Leaving Certificate Examination (including Day School Certificate (Higher) General paper), 1933
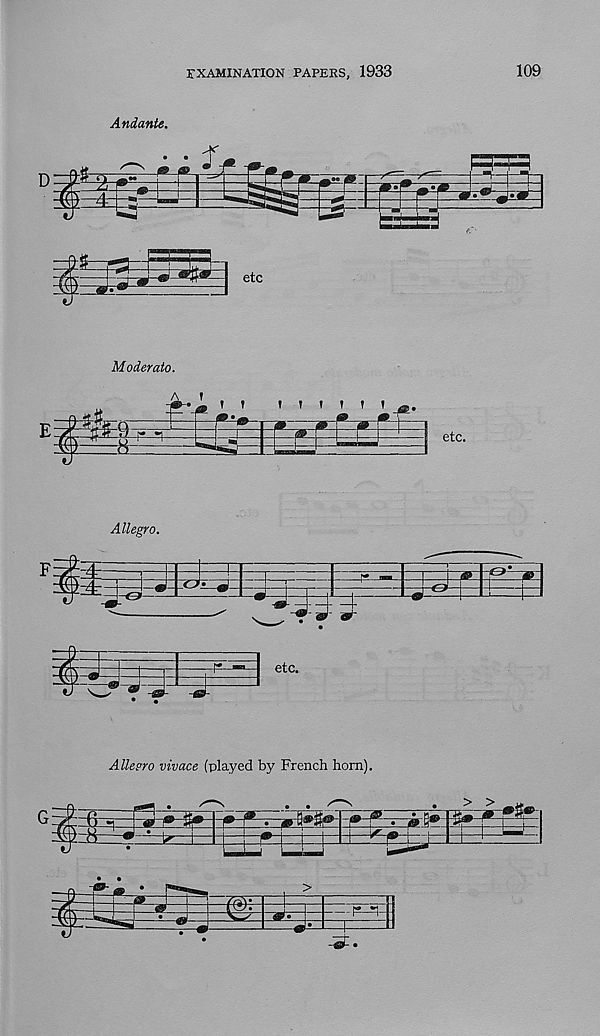
EXAMINATION PAPERS, 1933
109
etc
Moderate.
A f
f
etc.
Allegro.
Allecro vivace (played by French horn).